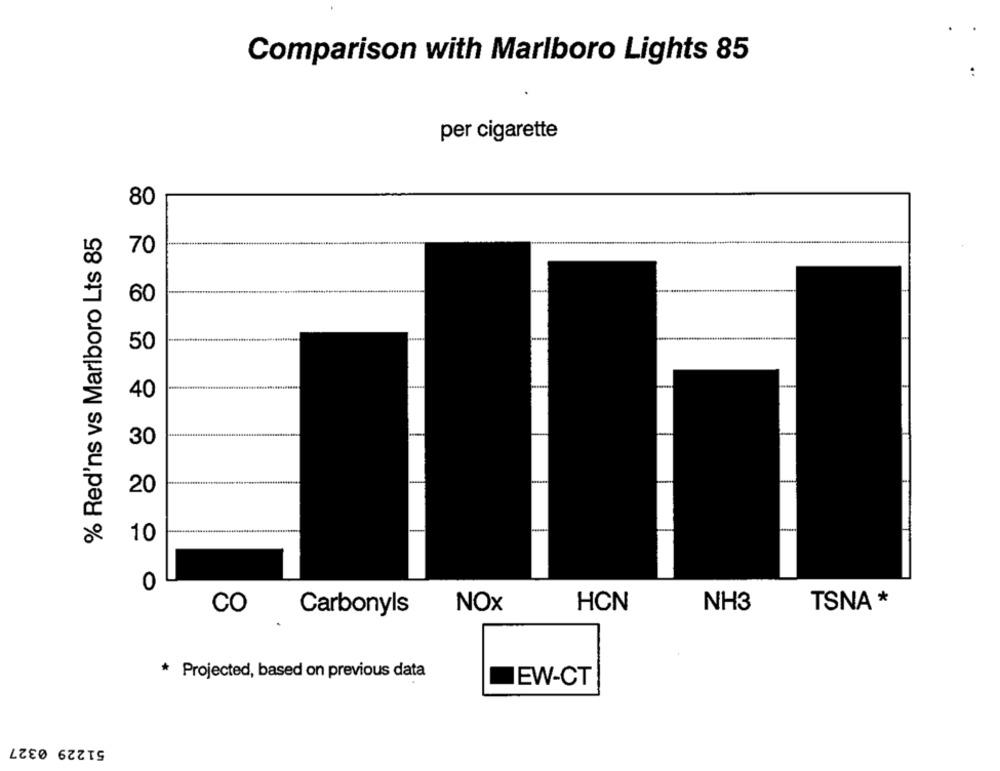
Comparison with Marlboro Lights 85
per cigarette
80
% Red'ns vs Marlboro Lts 85
70
60
50
40
30
20
10
-
0
NOX
HCN
NH3
TSNA *
CO
Carbonyls
* Projected, based on previous data
JEW-CT
51229 0327